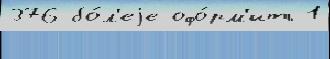
376 бо́л'еjе офо́рм'ить 1